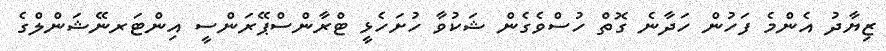
ޒިޔާދު އެންމެ ފަހުން ހަދާނެ ގޮތް ހުސްވެގެން ޝަކުވާ ހުށަހެޅީ ޓްރާންސްޕޭރަންސީ އިންޓަރނޭޝަންލްގެ